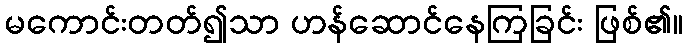
မကောင်းတတ်၍သာ ဟန်ဆောင်နေကြခြင်း ဖြစ်၏။